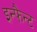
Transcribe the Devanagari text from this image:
इन्फैन्ट